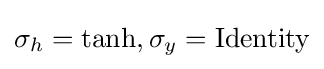
\sigma _{h}=\tanh ,\sigma _{y}={\text{Identity}}